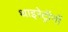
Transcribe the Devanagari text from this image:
थाइरेट्रॉनों